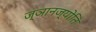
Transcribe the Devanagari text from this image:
ज्ञानज्योति